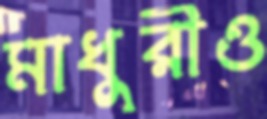
মাধুরীও